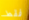
فقط